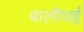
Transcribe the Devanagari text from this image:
बालीघई